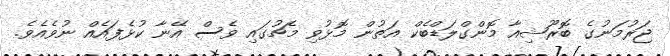
ޖަރުމަނުގެ ބޮރޫޝިއާ މޮންގްލަޑްބެކް އަތުން މޮޅުވި މެޗުގައި ވެސް އޭނާ ކުޅެފައެއް ނުވެއެވެ.